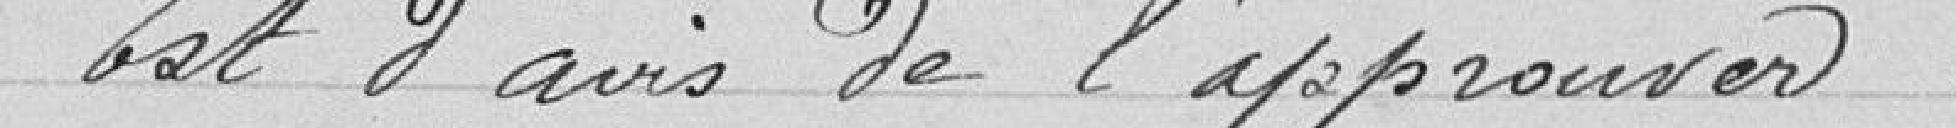
Est d'avis de l'approuver.